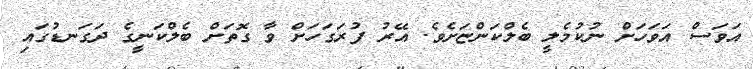
އަވަސް އަވަހަށް ނުކުމެލީ ބެލްކަންޏަށެވެ. އޭރު ފުރަގަހަށް ވާ ގޮތަށް ބެލްކަނީގެ ދަގަނޑުގައި